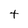
Character: t